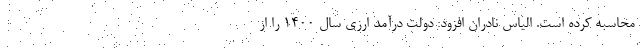
محاسبه کرده است. الیاس نادران افزود: دولت درآمد ارزی سال 1400 را از